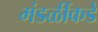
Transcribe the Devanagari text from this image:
मंडळींकडे